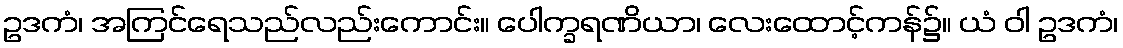
ဥဒကံ၊ အကြင်ရေသည်လည်းကောင်း။ ပေါက္ခရဏိယာ၊ လေးထောင့်ကန်၌။ ယံ ဝါ ဥဒကံ၊